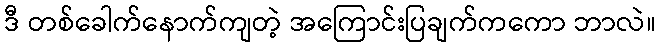
ဒီ တစ်ခေါက်နောက်ကျတဲ့ အကြောင်းပြချက်ကကော ဘာလဲ။